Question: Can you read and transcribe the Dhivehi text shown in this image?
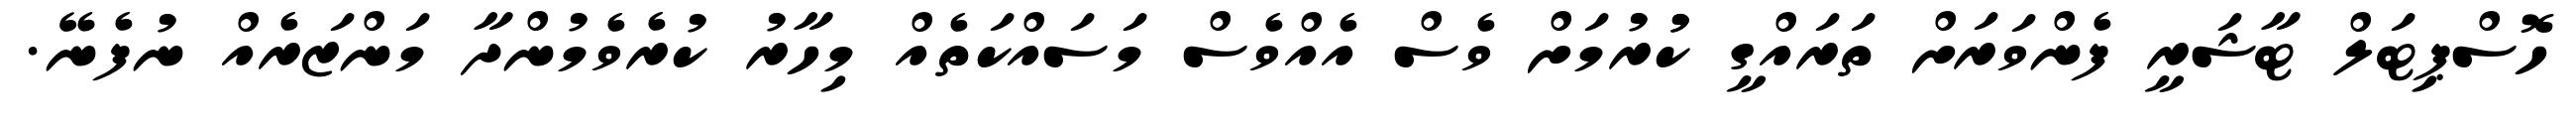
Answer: ހޮސްޕިޓަލް ޓާޝަރީ ފެންވަރަށް ތަރައްގީ ކުުރުމަށް ވެސް އެއްވެސް މަސައްކަތެއް މިހާރު ކުރެވެމުންދާ މަންޒަރެއް ނުފެނޭ.